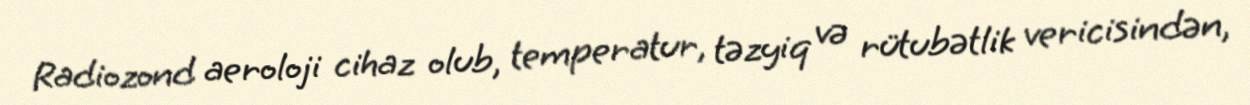
Radiozond aeroloji cihaz olub, temperatur, təzyiq və rütubətlik vericisindən,